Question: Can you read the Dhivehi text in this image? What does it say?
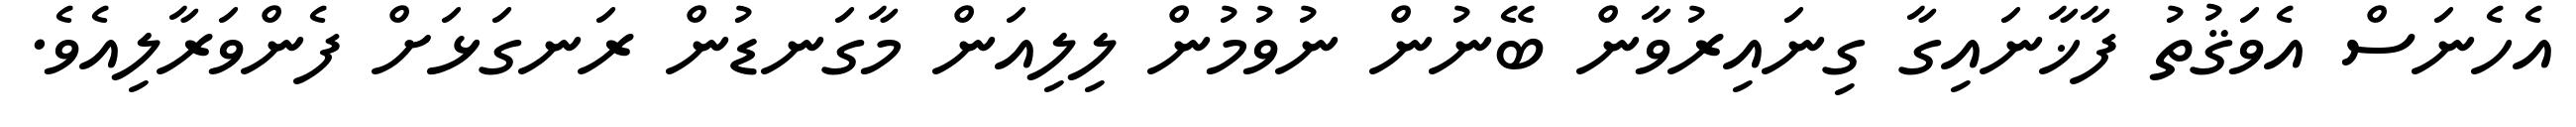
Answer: އެހެނަސް އެވަޤުތު ފާޚާނައިގާ ގިނައިރުވާން ބޭނުން ނުވުމުން ލިލިއަން މާގަނޑުން ރަނގަޅަށް ފެންވަރާލިއެވެ.